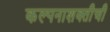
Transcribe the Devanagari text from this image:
कल्पनाशक्तीची